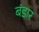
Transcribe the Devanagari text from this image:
बंडार